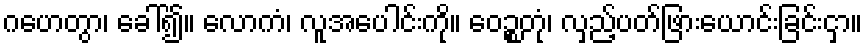
ဂဟေတွာ၊ ခေါ်၍။ လောကံ၊ လူအပေါင်းကို။ ဝေဉ္စတုံ၊ လှည့်ပတ်ဖြားယောင်းခြင်းငှာ။